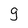
Character: g